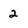
Character: 2